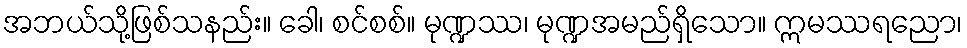
အဘယ်သို့ဖြစ်သနည်း။ ခေါ၊ စင်စစ်။ မုဏ္ဍဿ၊ မုဏ္ဍအမည်ရှိသော။ ဣမဿရညော၊